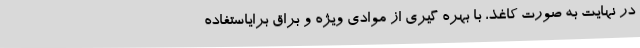
در نهایت به صورت کاغذ، با بهره گیری از موادی ویژه و براق برایاستفاده